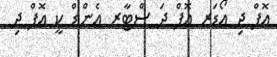
އޮފް ދި އޯޑަރ އޮފް ދަ ސްޓާރ އެންޑް ކީ އޮފް ދި